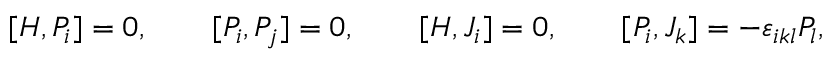
[ { \cal H } , { \cal P } _ { i } ] = 0 , \qquad [ { \cal P } _ { i } , { \cal P } _ { j } ] = 0 , \qquad [ { \cal H } , { \cal J } _ { i } ] = 0 , \qquad [ { \cal P } _ { i } , { \cal J } _ { k } ] = - \varepsilon _ { i k l } { \cal P } _ { l } ,